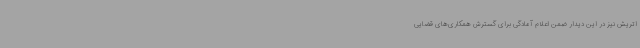
اتریش نیز در این دیدار ضمن اعلام آمادگی برای گسترش همکاری‌های قضایی